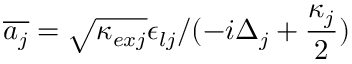
\overline { { a _ { j } } } = \sqrt { \kappa _ { e x j } } \epsilon _ { l j } / ( - i \Delta _ { j } + \frac { \kappa _ { j } } { 2 } )